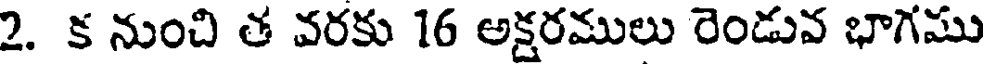
2. క నుంచి త వరకు 16 అక్షరములు రెండువ భాగము